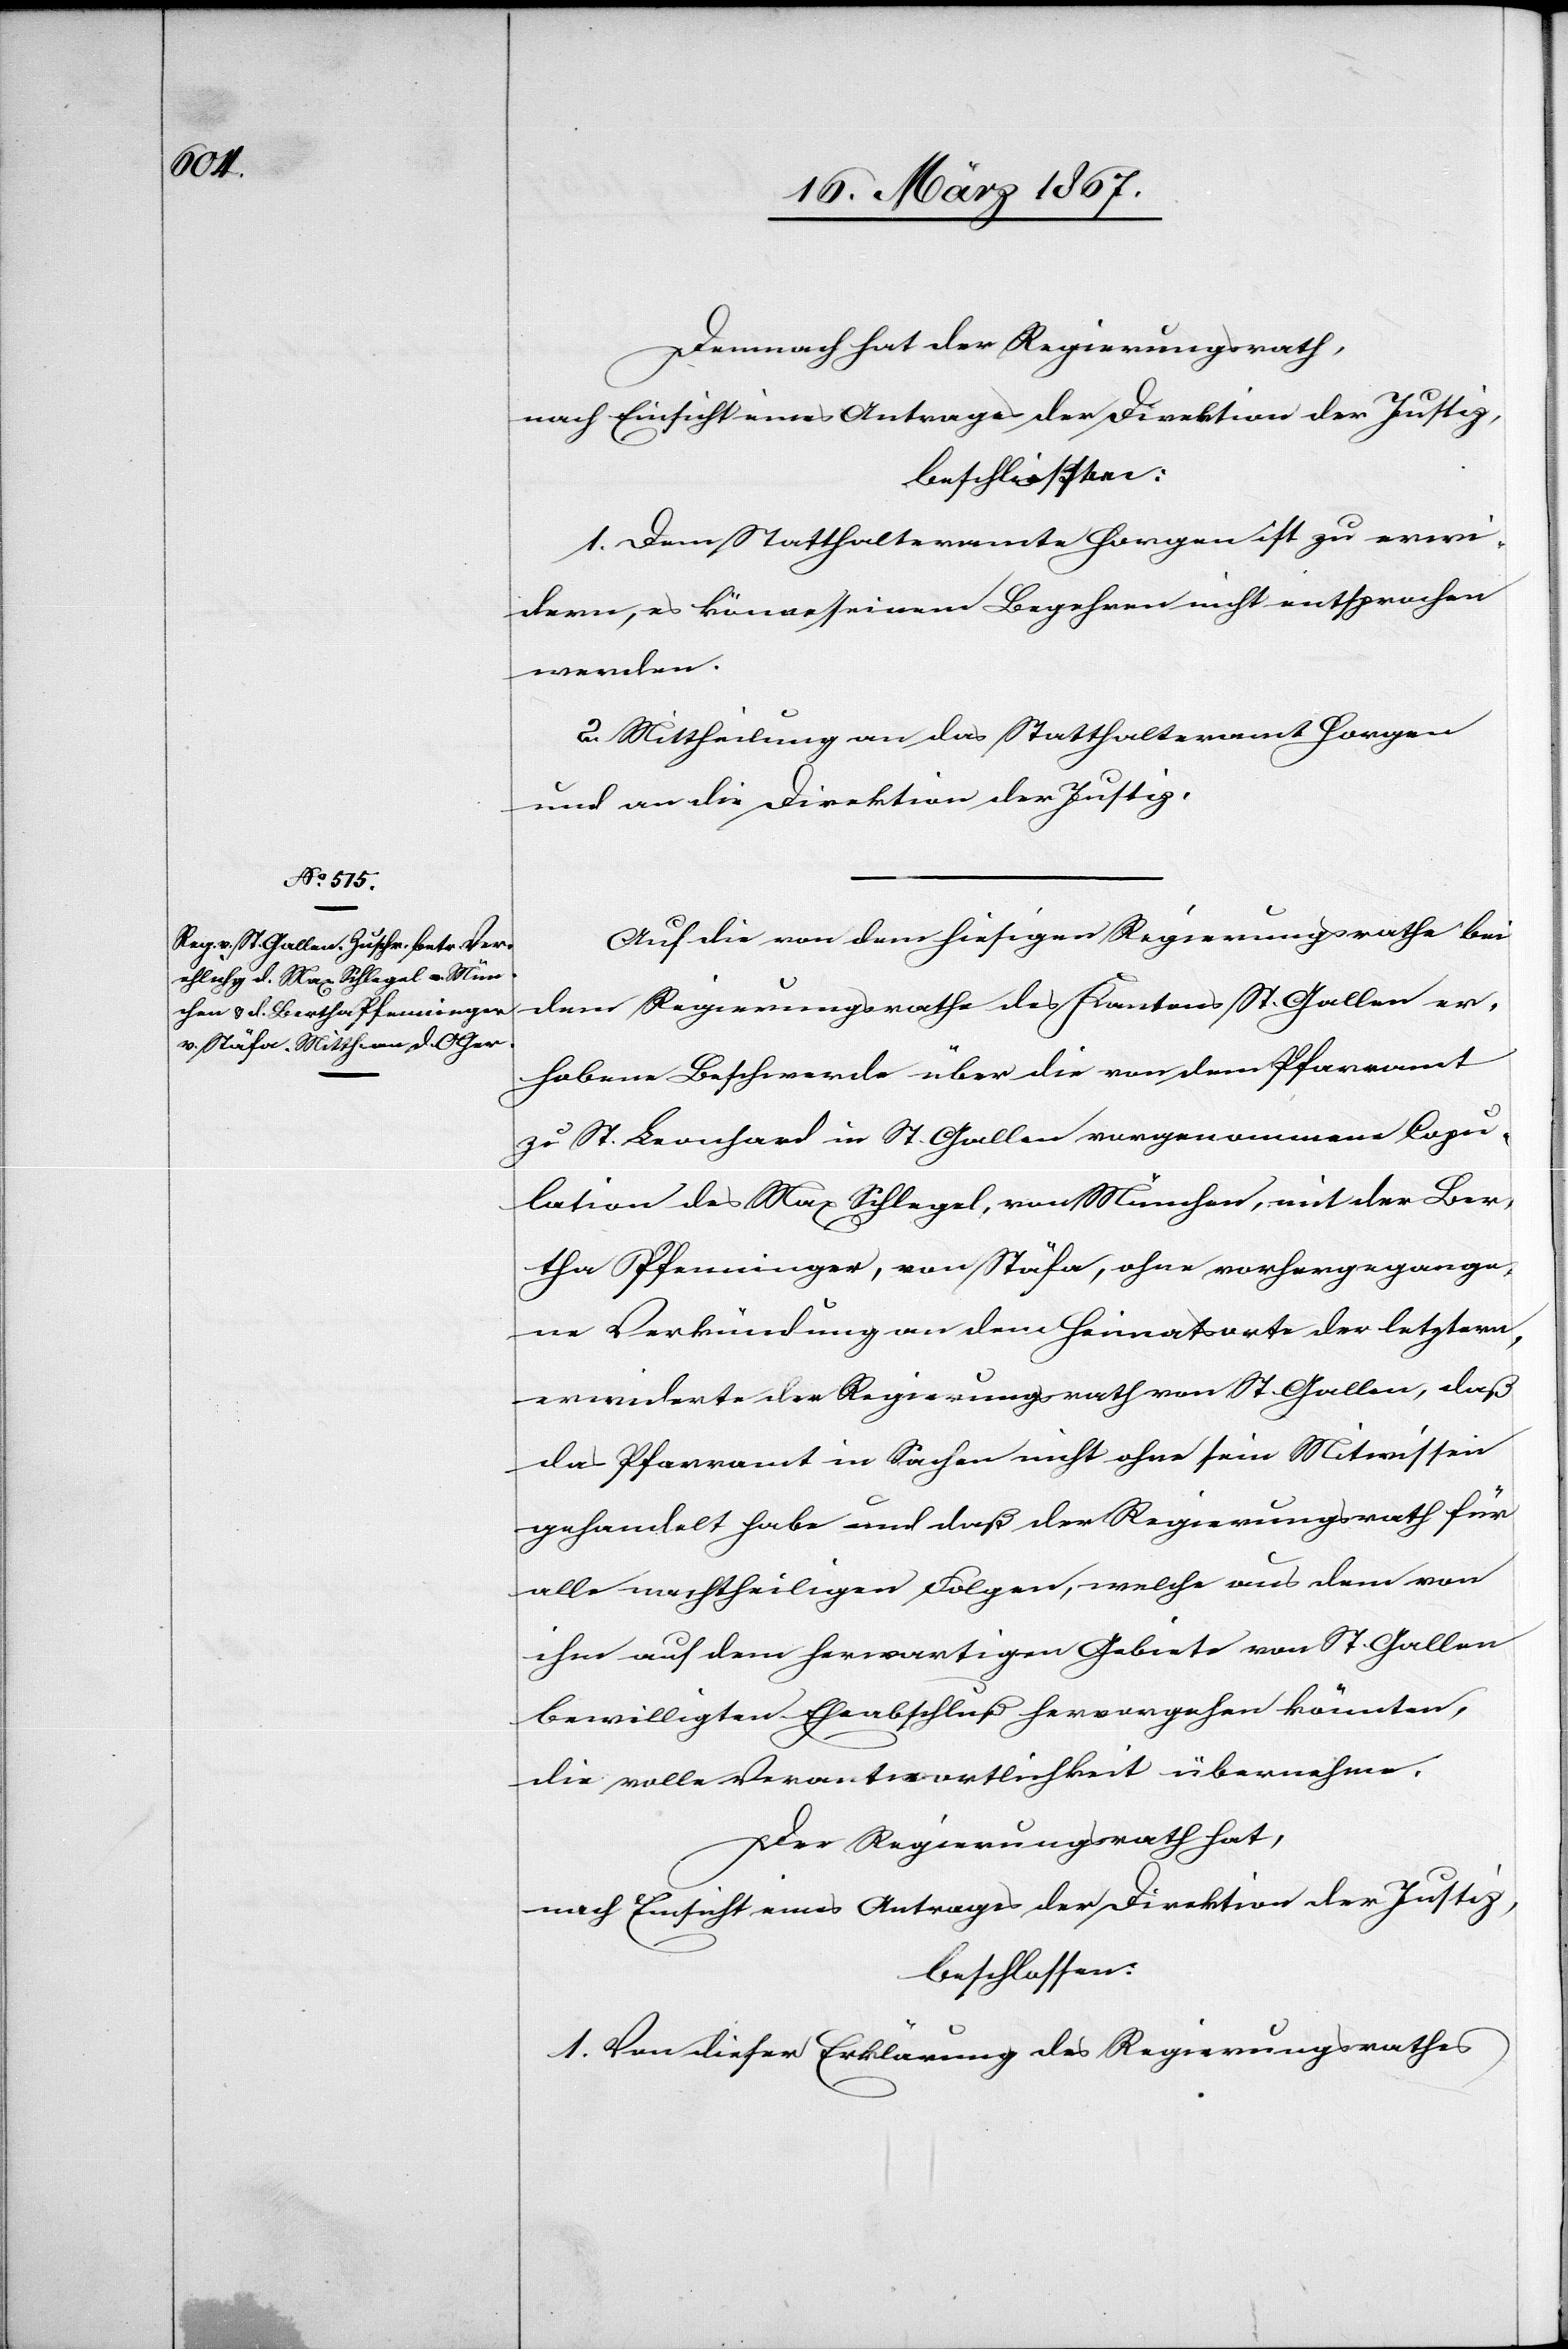
Demnach hat der Regierungsrath,
nach Einsicht eines Antrages der Direktion der Justiz,
1. Dem Statthalteramte Horgen ist zu erwi¬
dern, es könne seinem Begehren nicht entsprochen
werden.
2. Mittheilung an das Statthalteramt Horgen
und an die Direktion der Justiz.
Auf die von dem hiesigen Regierungsrathe bei
dem Regierungsrathe des Kantons St. Gallen er¬
hobene Beschwerde über die von dem Pfarramt
zu St. Leonhard in St. Gallen vorgenommene Copu¬
lation des Max Schlegel, von München, mit der Ber¬
tha Pfenninger, von Stäfa, ohne vorhergegange¬
ne Verkündung an dem Heimatsorte der letztern,
erwiderte der Regierungsrath von St. Gallen, daß
das Pfarramt in Sachen nicht ohne sein Mitwissen
gehandelt habe und daß der Regierungsrath für
alle nachtheiligen Folgen, welche aus dem von
ihm auf dem herwartigen [sic!] Gebiete von St. Gallen
bewilligten Eheabschluß hervorgehen könnten,
die volle Verantwortlichkeit übernehme.
Der Regierungsrath hat,
nach Einsicht eines Antrages der Direktion der Justiz,
beschlossen:
1. Von dieser Erklärung des Regierungsrathes